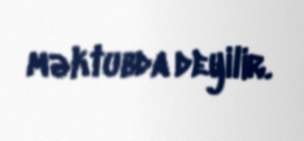
məktubda deyilir.